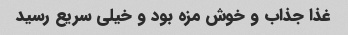
غذا جذاب و خوش مزه بود و خیلی سریع رسید